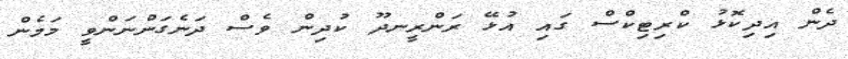
ދެން އިދިކޮޅު ކްރިޓިކްްސް ގައި އުޅޭ ރަންރީނދޫ ކުދިން ވެސް ދަނެގަންނަންވީ މަމެން